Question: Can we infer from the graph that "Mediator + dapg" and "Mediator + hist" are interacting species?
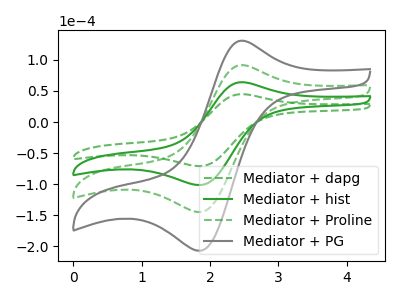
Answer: <think>The green dashed curve "Mediator + dapg" has an anodic peak at (2.50V, 44.65uA) and a cathodic peak at (1.85V, -70.95uA). The green curve "Mediator + hist" has an anodic peak at (2.50V, 63.80uA) and a cathodic peak at (1.85V, -101.45uA). The green dashed curve "Mediator + Proline" has an anodic peak at (2.50V, 127.65uA) and a cathodic peak at (1.85V, -202.85uA). The gray curve "Mediator + PG" has an anodic peak at (2.50V, 191.45uA) and a cathodic peak at (1.85V, -304.30uA).
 All the peaks in "Mediator + dapg" have a peak in "Mediator + hist" at the same potential. Every peak in "Mediator + dapg" is lower than every peak in "Mediator + hist".</think>
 <answer>No, "Mediator + dapg" and "Mediator + hist" don't appear to be significantly different in shape</answer>
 <eval>no_change</eval>